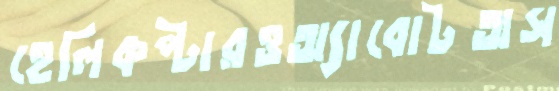
হেলিকপ্টারওঅ্যাবোটঅস